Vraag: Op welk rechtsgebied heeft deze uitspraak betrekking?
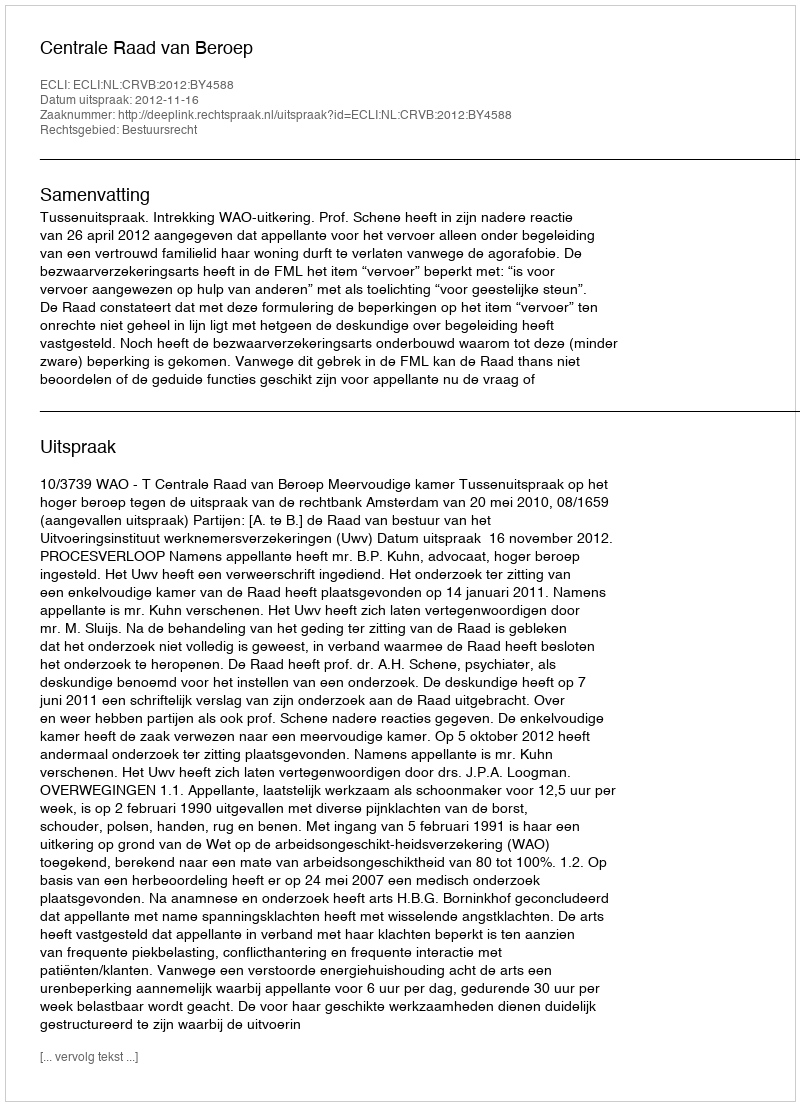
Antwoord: Bestuursrecht